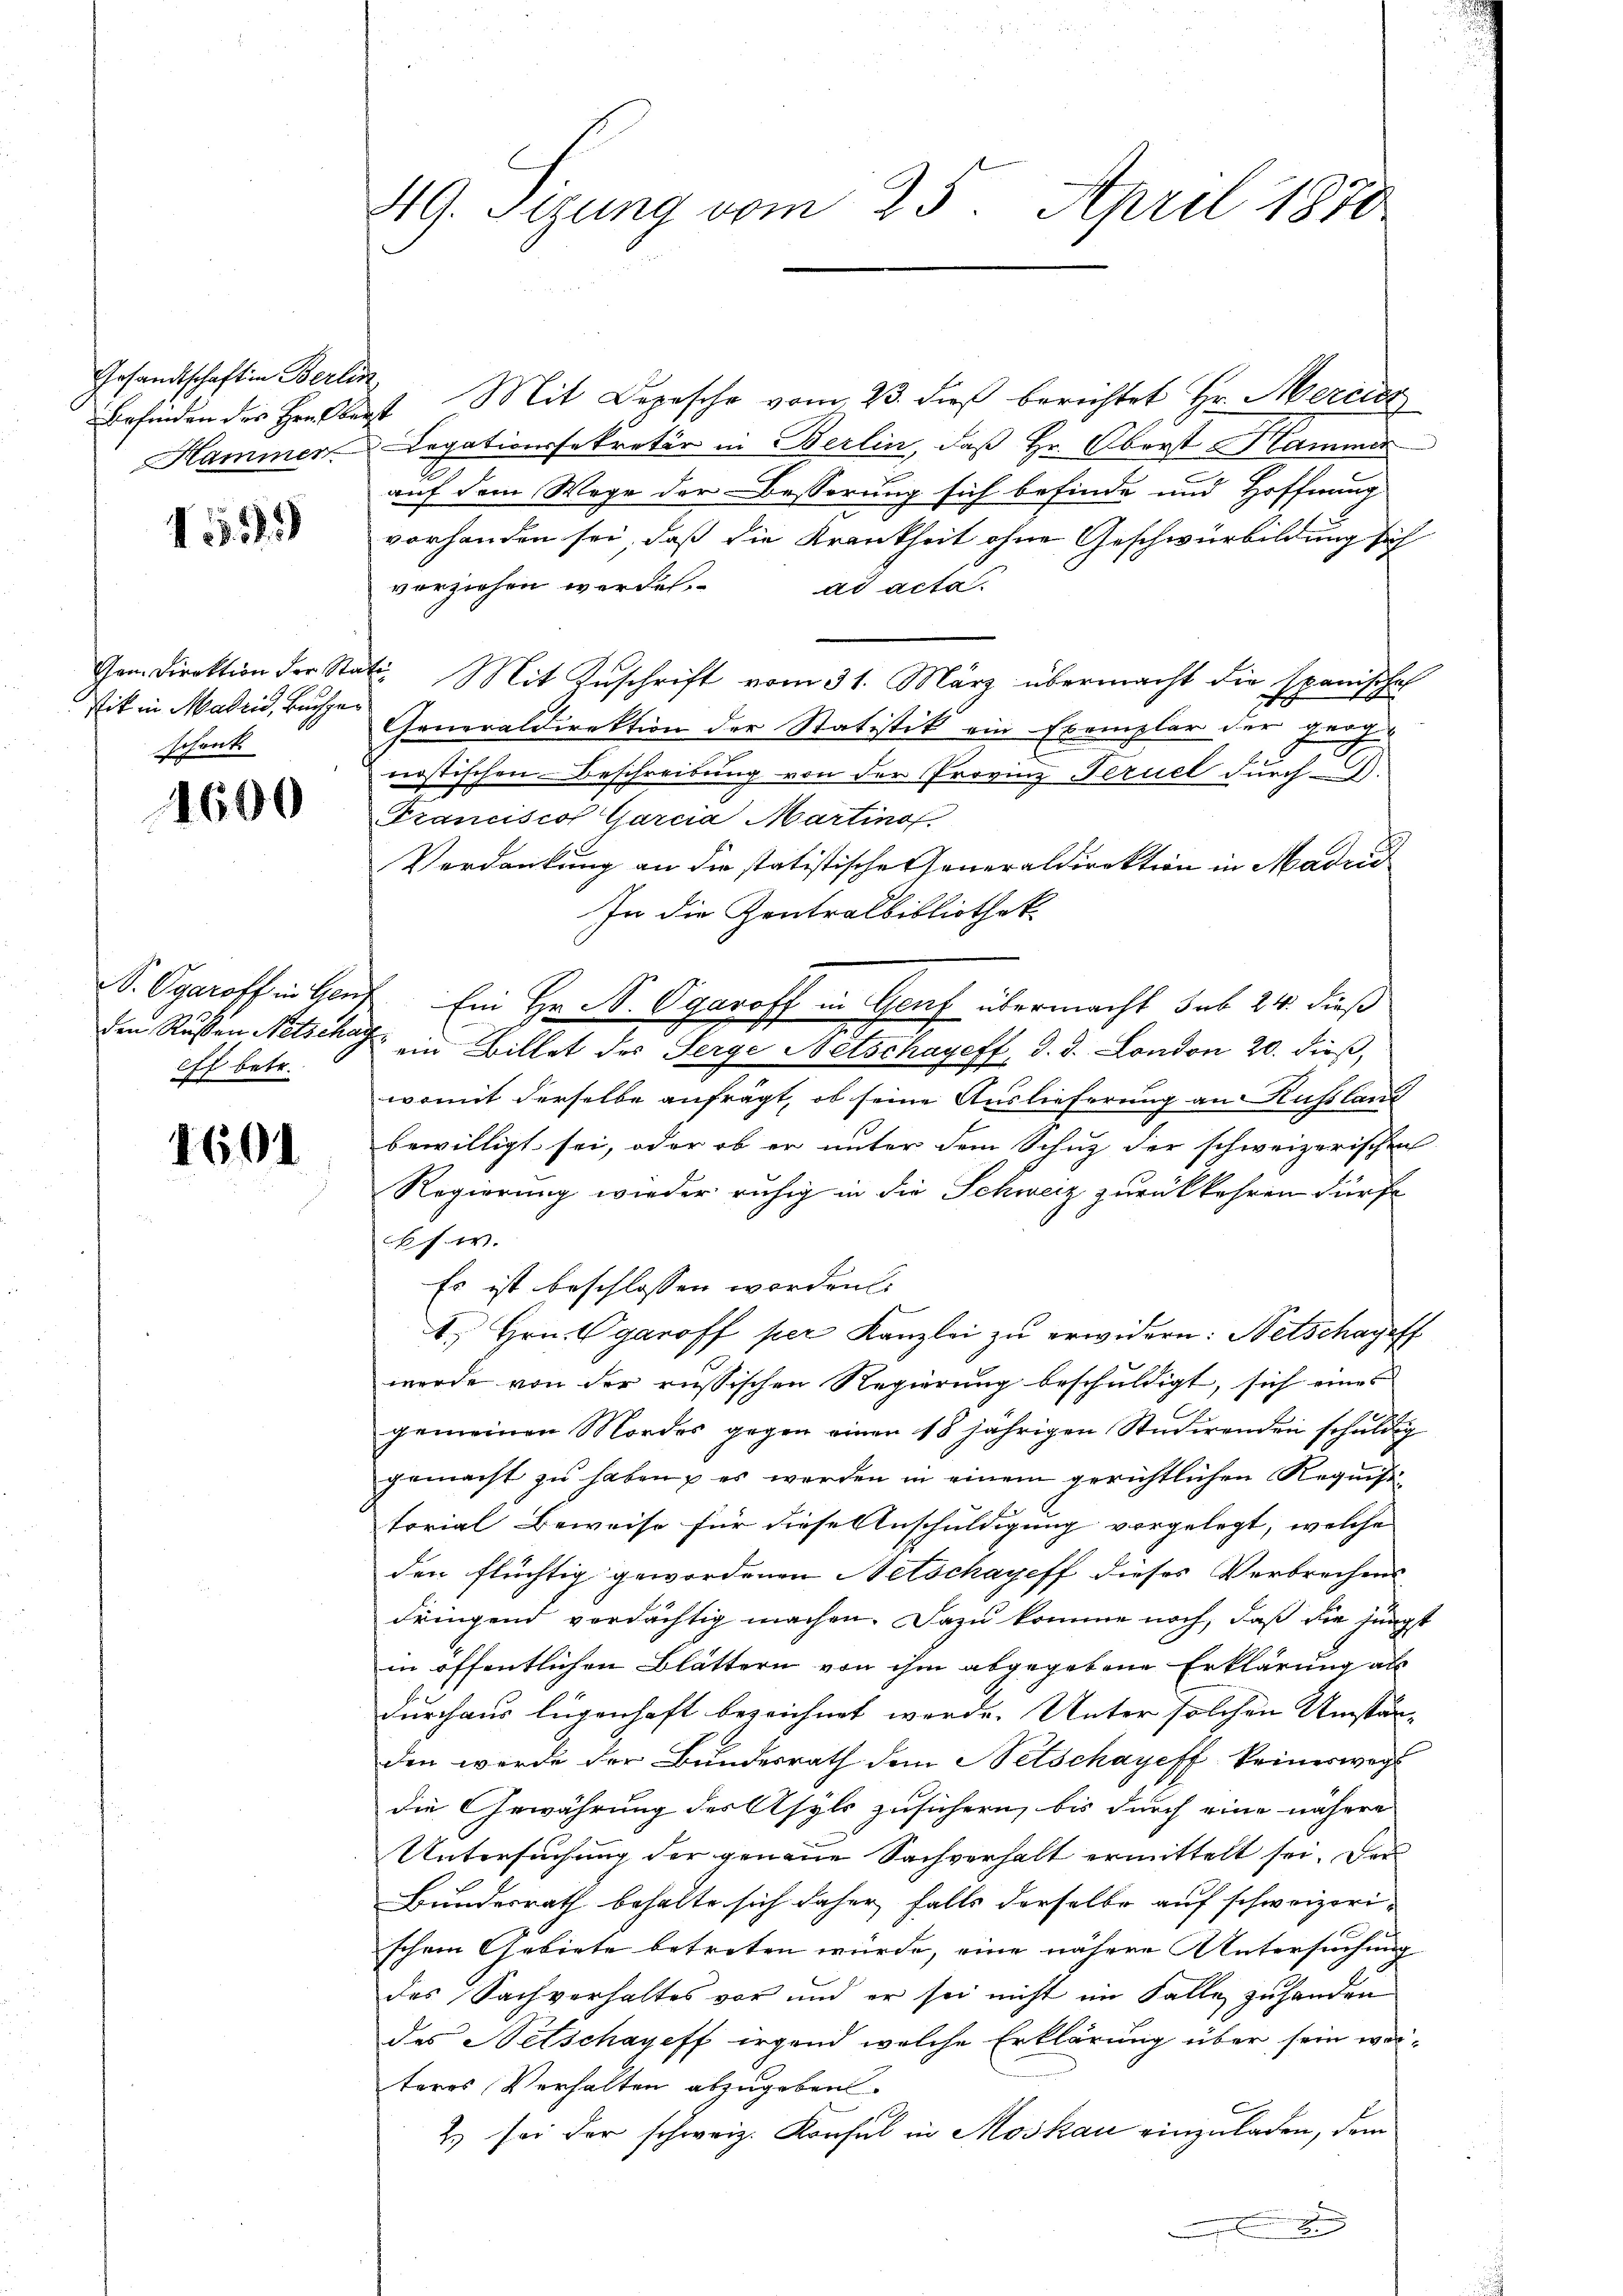
Gesandtschaft in Berlin,

155)

stik in Madrid, Buchgeschenk

1600

eff betr.

1601

HG. Sizung vom 25. April 1870

Befinden des Herberst Mit Depesche vom 23. dieß berichtet Hr. Mercier
Hammen Legationssekretär in Berlin, daß Hr. Oberst Hammer
auf dem Wege der Besserung sich befinde und Hoffnung
vorhanden sei, daß die Krankheit ohne Geschwürbildung sich
vorziehen werden. ad acta.
Gem. Direktion der Stati. Mit Zŭschrift vom 31. März übermacht die Spanischaf
Generaldirektion der Statistik ein Exemplar der geog-
nostischen Beschreibung von der Provinz Fernel durch
Franciscof Garcia Martinof
Verdankung an die statistische Generaldirektion in Madrid
In die Zentralbibliothek
S. Ogaroff in Genf Ein Hr. N. Ogaroff in Genf übermacht sub 24. dieß
den Rußen Netsche ein Billet des Serge Mitschayeff, d. d. London 20. dieß,
womit derselbe anfrägt, ob seine Auslieferung an Russland
bewilligt sei, oder ob er unter dem Schuz der schweizerischen
Regierung wieder ruhig in die Schweiz zurückkehren dürfe
cks. w.
Es ist beschlossen worden
A. Hrn. Vgaroff per Kanzlei zu erwidern: Netschageff
werde von der russischen Regierung beschuldigt, sich eines
gemeinen Mordes gegen einen 18 jährigen Studirenden schuldig
gemacht zu haben, es werden in einem gerichtlichen Requisitorial Beweise für diese Anschuldigung vorgelegt, welche |
den flüchtig gewordenen Netschayeff dieses Verbrechens
dringend verdächtig machen. Dazu komme noch, daß die jüngst
in öffentlichen Blättern von ihm abgegebene Erklärung als
durchaus legenhaft bezeichnet werde. Unter solchen Umstän-
den werde der Bundesrath dem Betschayeff keineswegs
die Gewährung des Asyls zusichern, bis durch eine nähere
Untersuchung der genaue Sachverhalt ermittelt sei. Der
Bundesrath behalte sich daher falls derselbe auf schweizerischem Gebiete betreten würde, eine nähere Untersuchung
des Sachverhaltes vor und er sei nicht im Falle zu handen
des Netschayeff irgend welche Erklärung über sein werteres Verhalten abzugeben.
2) sei der schweiz. Konsul in Moskau einzuladen, dem